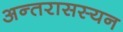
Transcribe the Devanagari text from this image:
अन्तरासस्यन